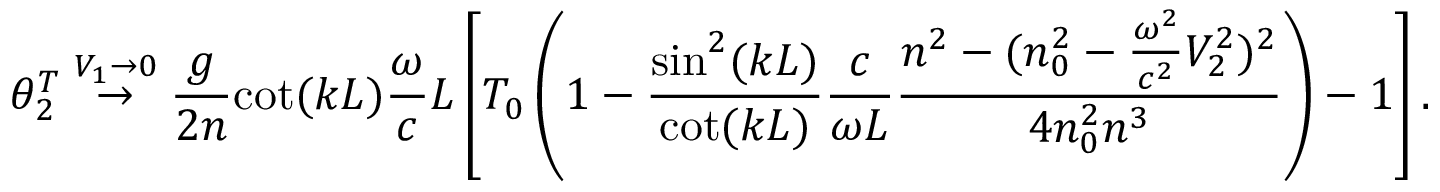
\theta _ { 2 } ^ { T } \stackrel { V _ { 1 } \rightarrow 0 } { \rightarrow } \frac { g } { 2 n } { \cot ( k L ) } \frac { \omega } { c } L \left[ T _ { 0 } \left( 1 - \frac { { \sin ^ { 2 } ( k L ) } } { \cot ( k L ) } \frac { c } { \omega L } \frac { n ^ { 2 } - ( n _ { 0 } ^ { 2 } - \frac { \omega ^ { 2 } } { c ^ { 2 } } V _ { 2 } ^ { 2 } ) ^ { 2 } } { 4 n _ { 0 } ^ { 2 } n ^ { 3 } } \right) - 1 \right] .